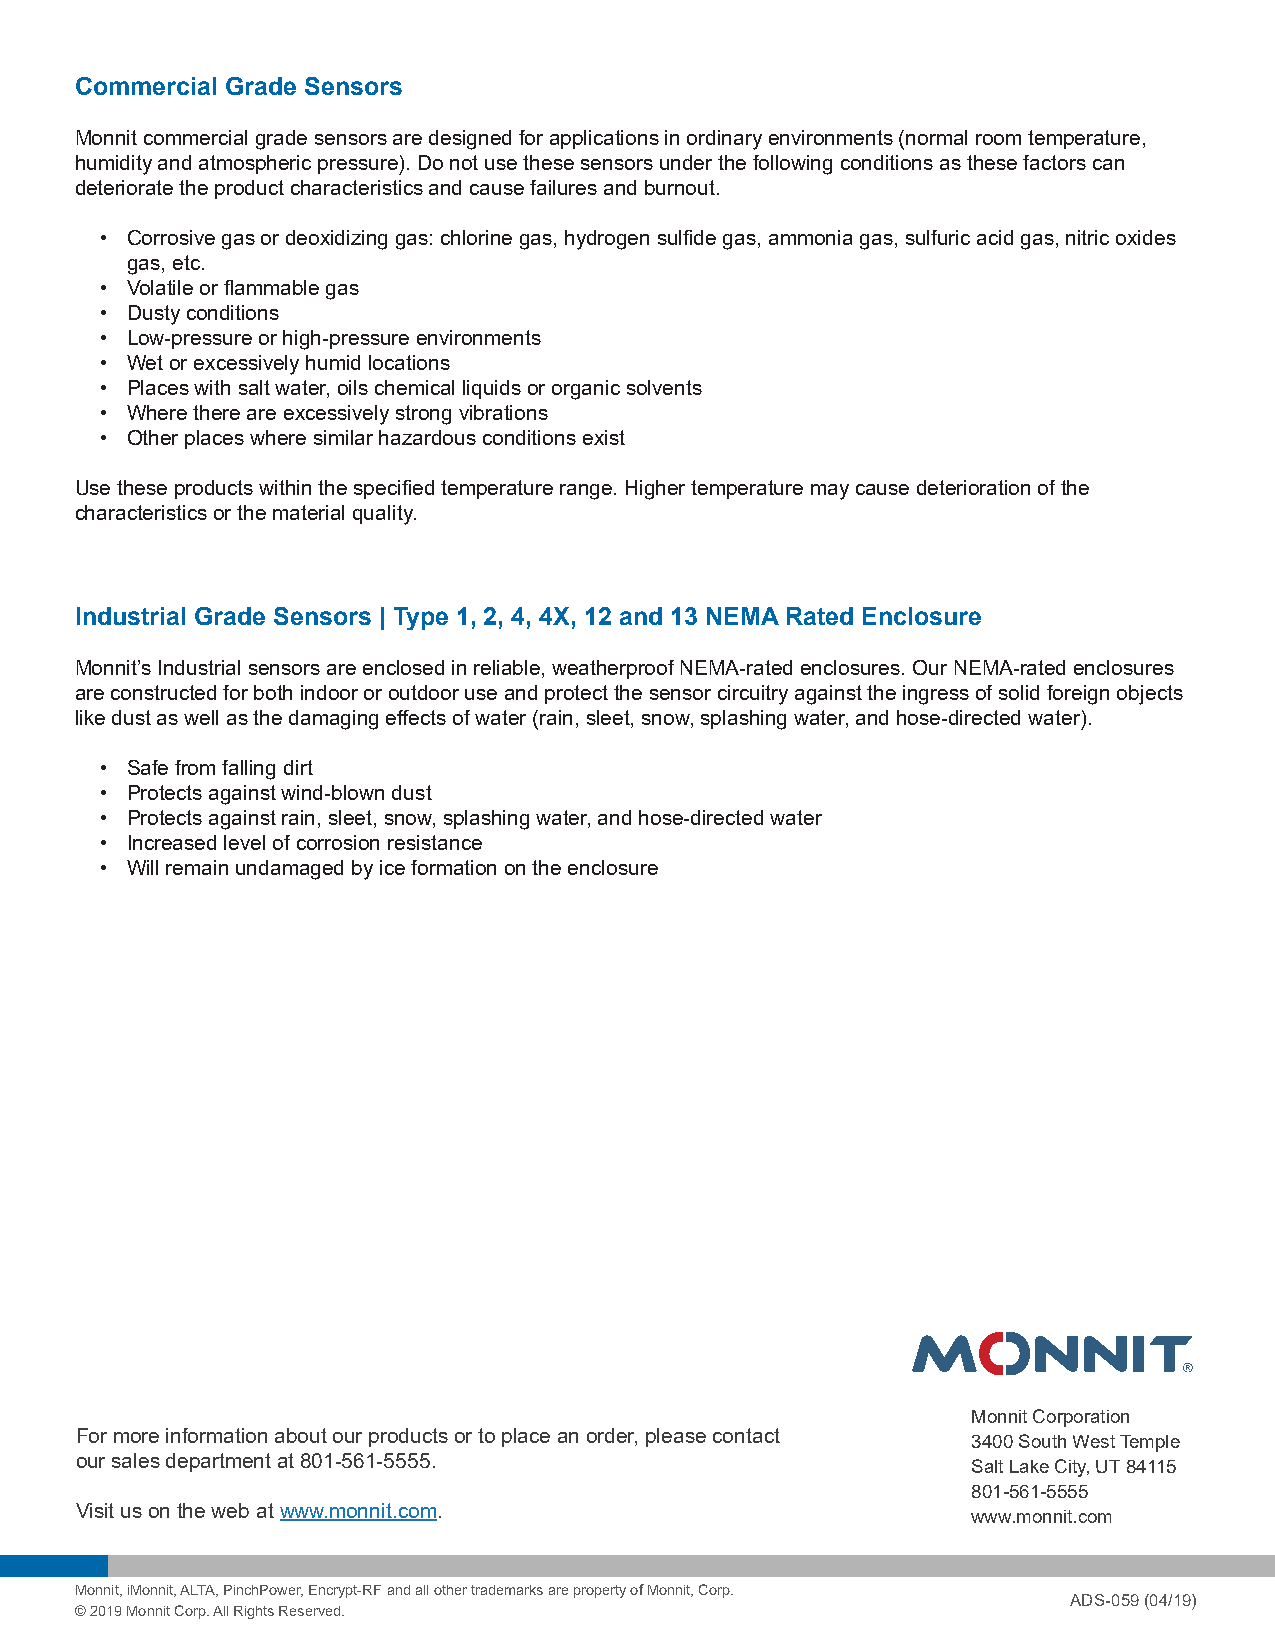
Commercial Grade Sensors
 Monnit commercial grade sensors are designed for applications in ordinary environments (normal room temperature,
 humidity and atmospheric pressure). Do not use these sensors under the following conditions as these factors can
 deteriorate the product characteristics and cause failures and burnout.
 • Corrosive gas or deoxidizing gas: chlorine gas, hydrogen sulfide gas, ammonia gas, sulfuric acid gas, nitric oxides
 gas, etc.
 • Volatile or flammable gas
 • Dusty conditions
 • Low-pressure or high-pressure environments
 • Wet or excessively humid locations
 • Places with salt water, oils chemical liquids or organic solvents
 • Where there are excessively strong vibrations
 • Other places where similar hazardous conditions exist
 Use these products within the specified temperature range. Higher temperature may cause deterioration of the
 characteristics or the material quality.
 Industrial Grade Sensors | Type 1, 2, 4, 4X, 12 and 13 NEMA Rated Enclosure
 Monnit’s Industrial sensors are enclosed in reliable, weatherproof NEMA-rated enclosures. Our NEMA-rated enclosures
 are constructed for both indoor or outdoor use and protect the sensor circuitry against the ingress of solid foreign objects
 like dust as well as the damaging effects of water (rain, sleet, snow, splashing water, and hose-directed water).
 • Safe from falling dirt
 • Protects against wind-blown dust
 • Protects against rain, sleet, snow, splashing water, and hose-directed water
 • Increased level of corrosion resistance
 • Will remain undamaged by ice formation on the enclosure
 Monnit Corporation
 For more information about our products or to place an order, please contact 3400 South West Temple
 our sales department at 801-561-5555.                      Salt Lake City, UT 84115
 801-561-5555
 Visit us on the web at www.monnit.com.                     www.monnit.com
 Monnit, iMonnit, ALTA, PinchPower, Encrypt-RF and all other trademarks are property of Monnit, Corp.
 ADS-059 (04/19)
 © 2019 Monnit Corp. All Rights Reserved.